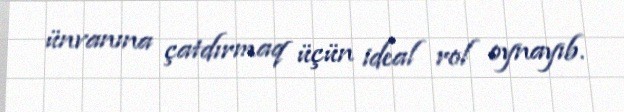
ünvanına çatdırmaq üçün ideal rol oynayıb.